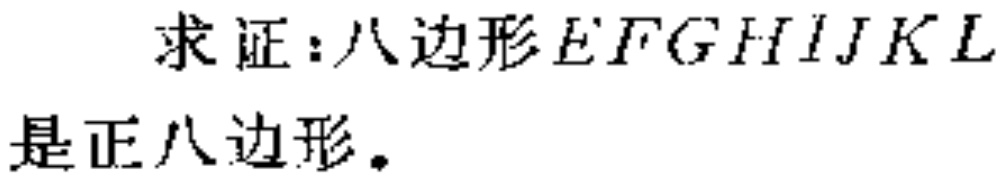
求证：八边形\(EFGHIJKL\)是正八边形。